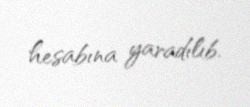
hesabına yaradılıb.